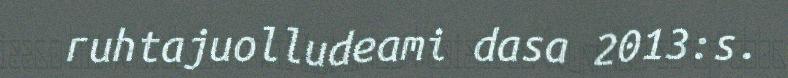
ruhtajuolludeami dasa 2013:s.